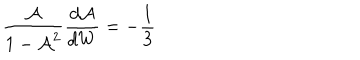
LaTeX: \frac { \mathcal { A } } { 1 - \mathcal { A } ^ { 2 } } \frac { d \mathcal { A } } { d W } = - \frac { 1 } { 3 }